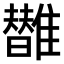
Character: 𩁀